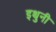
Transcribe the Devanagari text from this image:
इथुनी